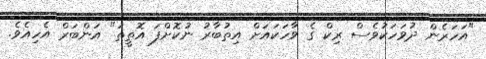
"އަހަރެން ދުވަހަކުވެސް ރިކް ގެ ވާހަކައަށް އިތުބާރު ނުކޮށްފަ އޮތީތަ" އަންބަރް އެހިއެވެ.